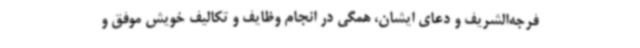
فرجه‌الشریف و دعای ایشان، همگی در انجام وظایف و تکالیف خویش موفق و